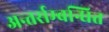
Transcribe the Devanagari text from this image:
अन्तर्सम्बन्धित